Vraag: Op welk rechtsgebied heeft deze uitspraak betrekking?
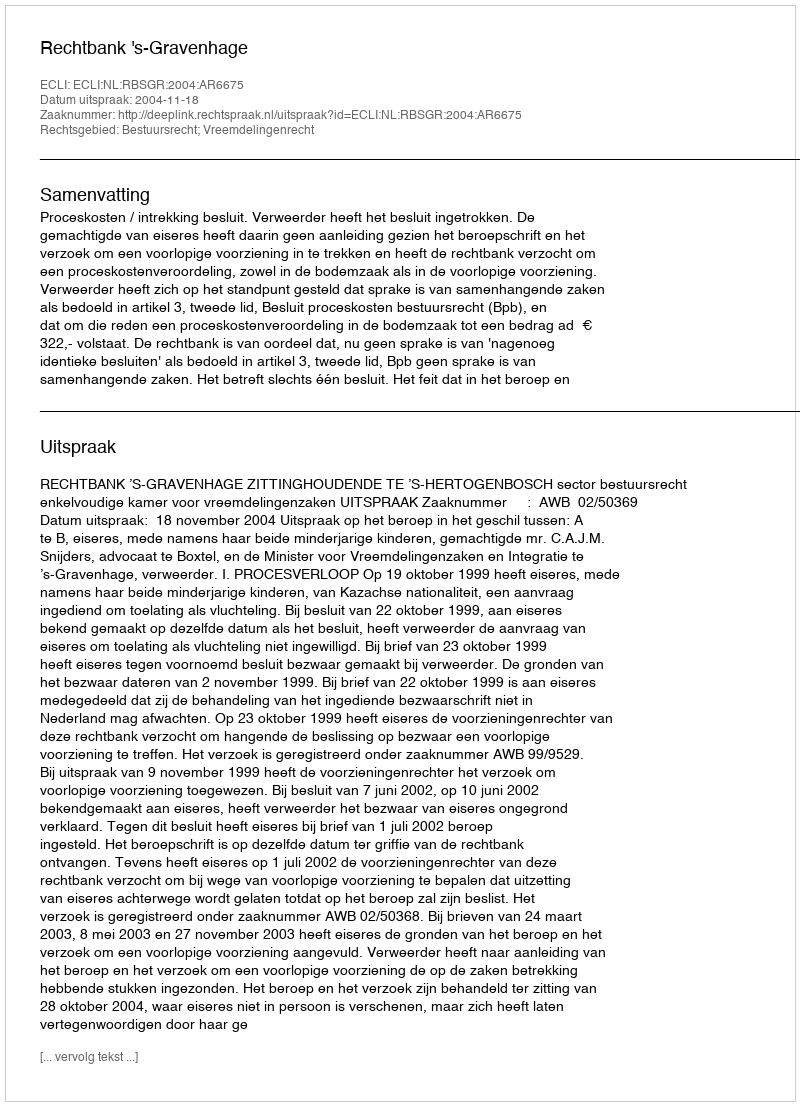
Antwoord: Bestuursrecht; Vreemdelingenrecht